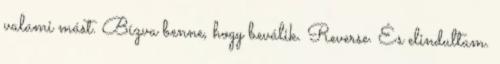
valami mást. Bízva benne, hogy beválik. Reverse. És elindultam.